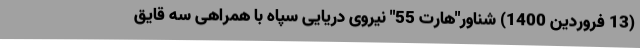
(13 فروردین 1400) شناور"هارت 55" نیروی دریایی سپاه با همراهی سه قایق